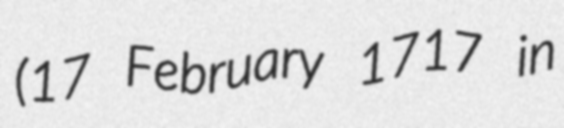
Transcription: (17 February 1717 in